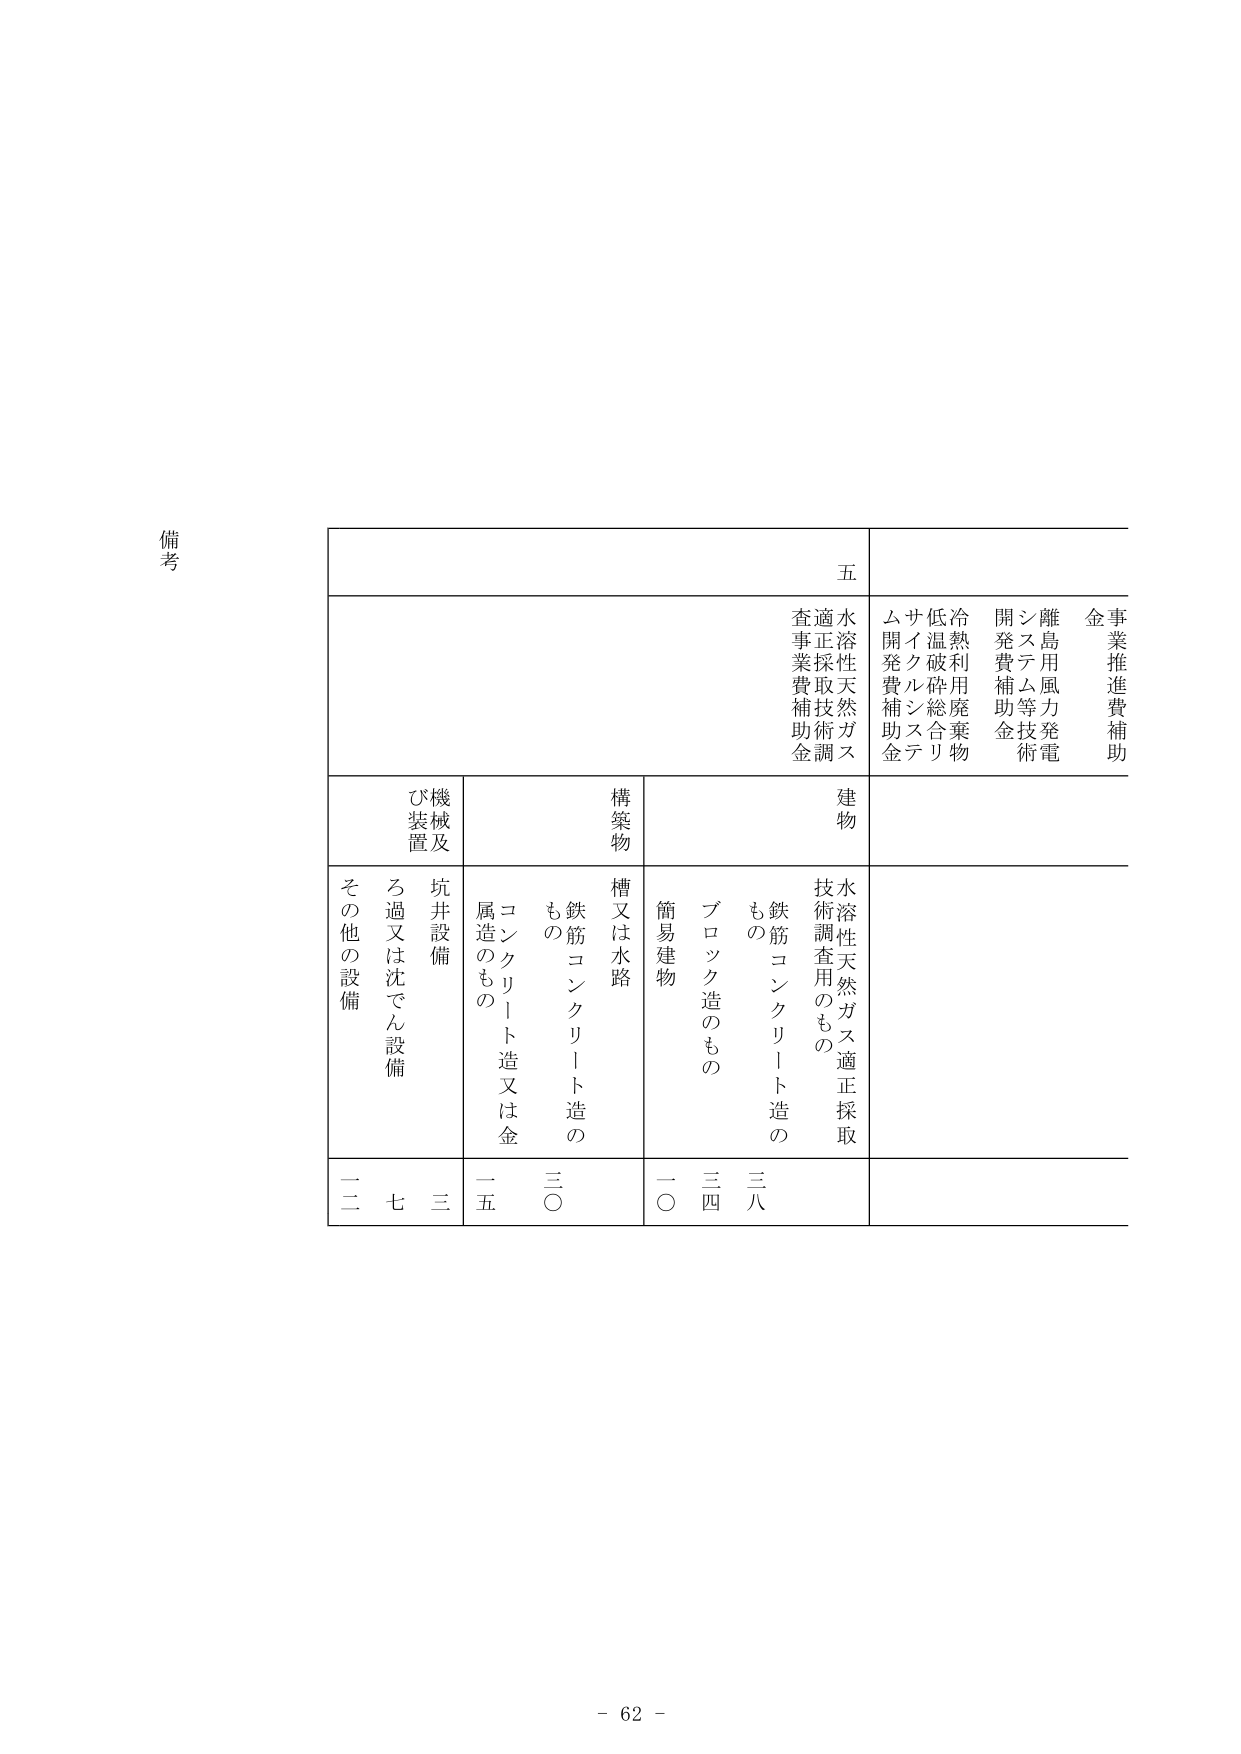
備考

五
事業推進費補助
離島用風力発電
システム等技術
開発費補助金
冷熱利用廃棄物
低温破砕総合リ
サイクル補助ステ
ム開発費補助金
水溶性天然ガス
適正採取技術調
査事業費補助金
建物
構築物
機械及び装置
坑井設備
ろ過又は沈でん設備
その他の設備
水溶性天然ガス適正採取
技術調査用のもの
鉄筋コンクリート造の
もの
ブロック造のもの
簡易建物
槽又は水路
鉄筋コンクリート造の
もの
コンクリート造又は金
属造のもの
二
二
七
三
一
五
三
〇
一
〇
三
四
三
八

- 62 -